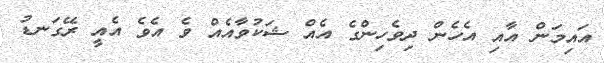
އައިމަން އާއި އެހެން ދިވެހިންގެ އެއް ޝަކުވާއެއް ވެ އެވެ އެއީ ރޭގަނޑު